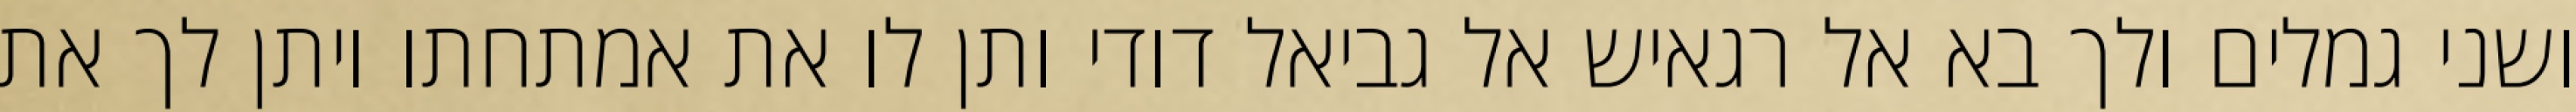
ושני גמלים ולך בא אל רגאיש אל גביאל דודי ותן לו את אמתחתו ויתן לך את